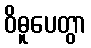
ဝိဓူပေတွာ